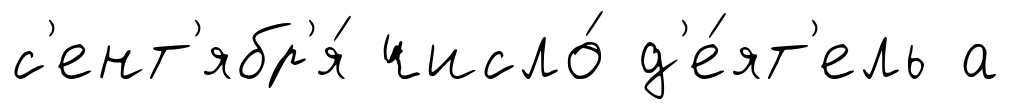
с'ент'ябр'я́ число́ д'е́ят'ель а